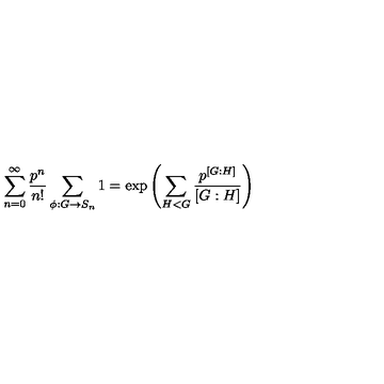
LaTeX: \sum _ { n = 0 } ^ { \infty } \frac { p ^ { n } } { n ! } \sum _ { \phi : G \rightarrow S _ { n } } 1 = \exp \left( \sum _ { H < G } \frac { p ^ { \left[ G : H \right] } } { \left[ G : H \right] } \right)